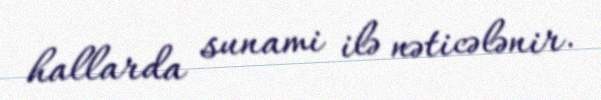
hallarda sunami ilə nəticələnir.